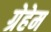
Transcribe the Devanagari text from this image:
ग्रेहेम